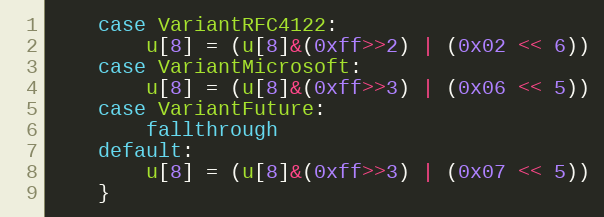
Language: Go
	case VariantRFC4122:
		u[8] = (u[8]&(0xff>>2) | (0x02 << 6))
	case VariantMicrosoft:
		u[8] = (u[8]&(0xff>>3) | (0x06 << 5))
	case VariantFuture:
		fallthrough
	default:
		u[8] = (u[8]&(0xff>>3) | (0x07 << 5))
	}